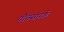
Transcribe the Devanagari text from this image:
यौनसंपर्क